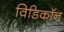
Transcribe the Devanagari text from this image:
विडिकॉन